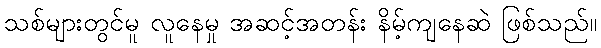
သစ်များတွင်မူ လူနေမှု အဆင့်အတန်း နိမ့်ကျနေဆဲ ဖြစ်သည်။